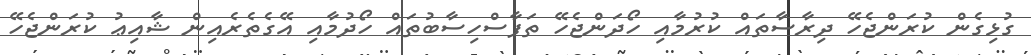
ގުޅިގެން ކުރަންޖެހޭ ދިރާސާތައް ކުރުމާއި ހޯދަންޖެހޭ ތަފާސްހިސާބުތައް ހޯދުމާއި އޭގެތެރެއިން ޝާއިޢު ކުރަންޖެހޭ